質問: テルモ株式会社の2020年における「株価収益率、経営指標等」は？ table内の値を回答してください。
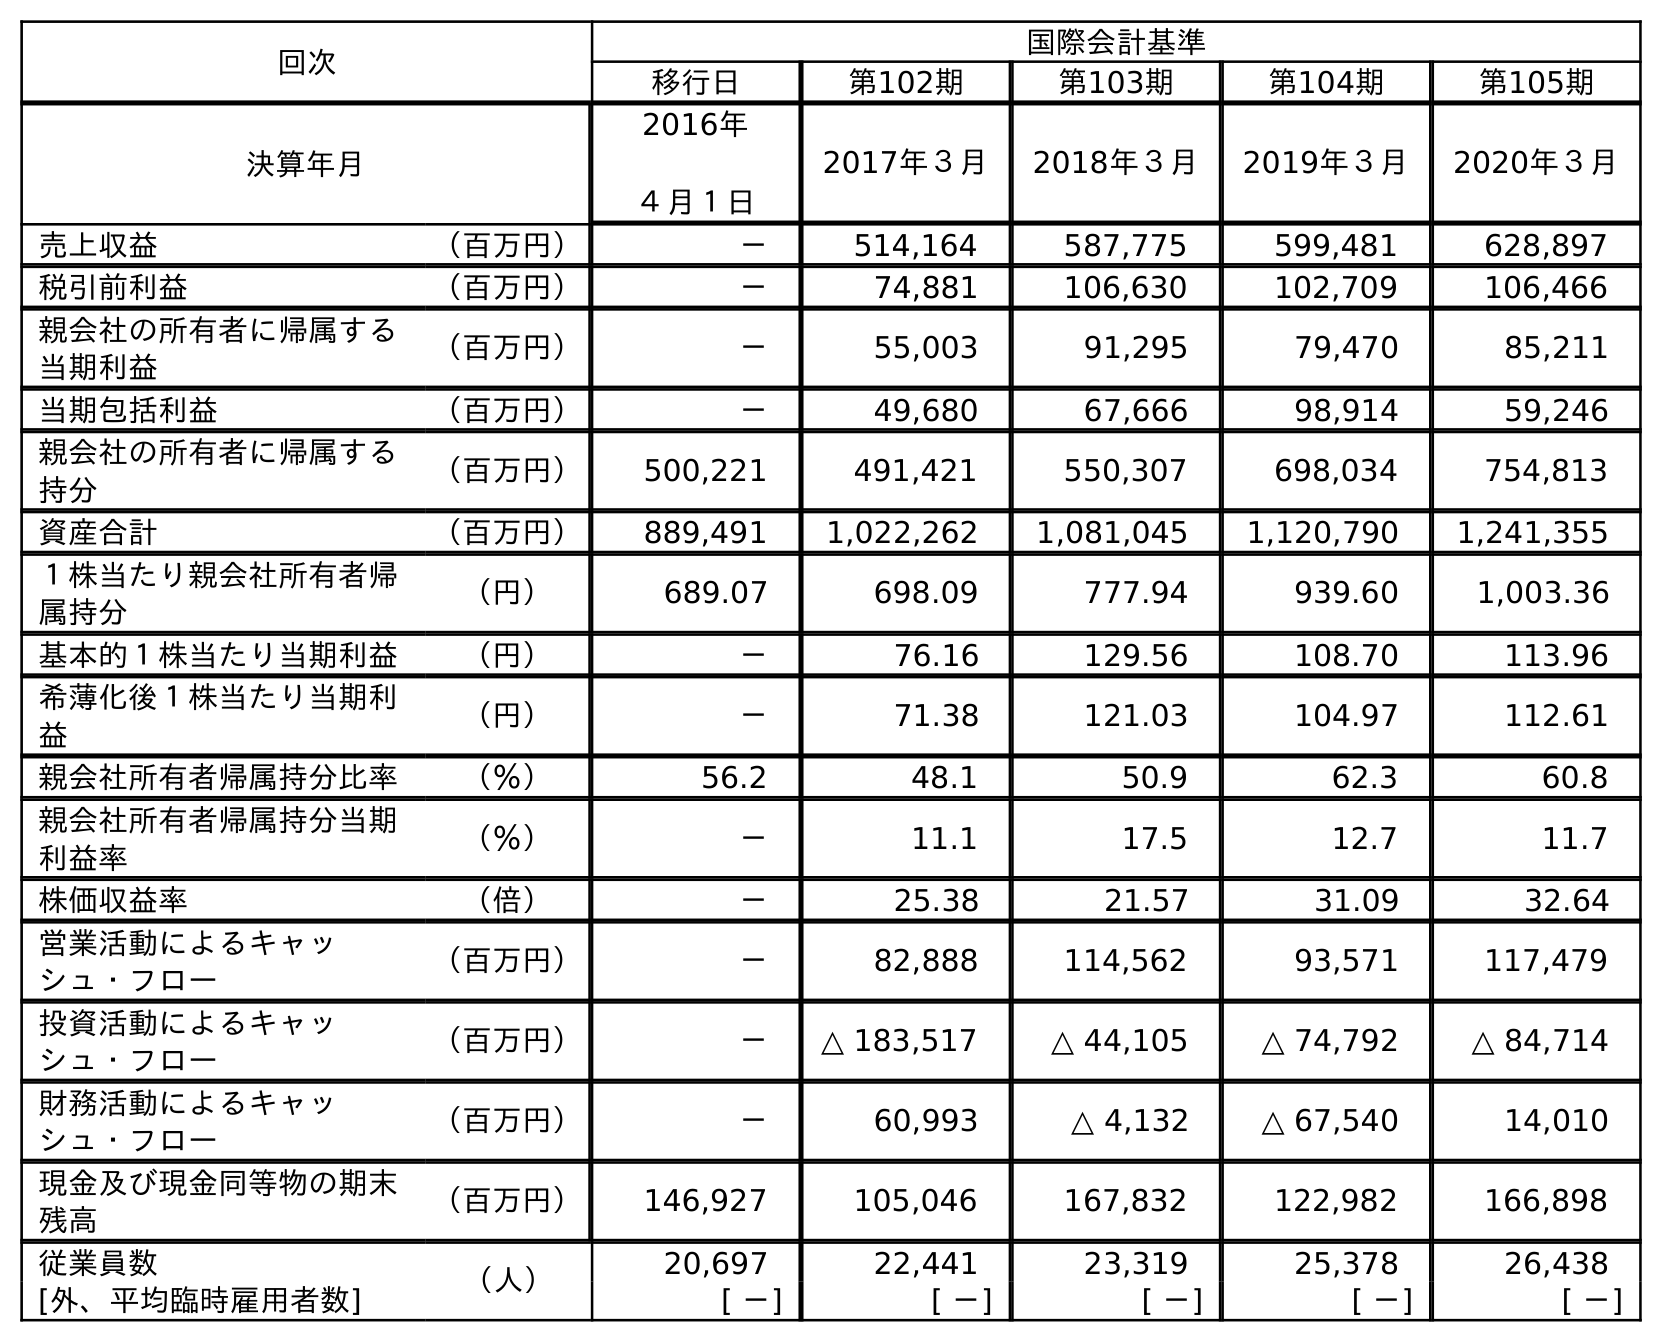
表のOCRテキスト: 回次 国際会計基準 移行日 第102期 第103期 第104期 第105期 決算年月 2016年 ４月１日 2017年３月 2018年３月 2019年３月 2020年３月 売上収益 （百万円） － 514,164 587,775 599,481 628,897 税引前利益 （百万円） － 74,881 106,630 102,709 106,466 親会社の所有者に帰属する 当期利益 （百万円） － 55,003 91,295 79,470 85,211 当期包括利益 （百万円） － 49,680 67,666 98,914 59,246 親会社の所有者に帰属する 持分 （百万円） 500,221 491,421 550,307 698,034 754,813 資産合計 （百万円） 889,491 1,022,262 1,081,045 1,120,790 1,241,355 １株当たり親会社所有者帰 属持分 （円） 689.07 698.09 777.94 939.60 1,003.36 基本的１株当たり当期利益 （円） － 76.16 129.56 108.70 113.96 希薄化後１株当たり当期利 益 （円） － 71.38 121.03 104.97 112.61 親会社所有者帰属持分比率 （％） 56.2 48.1 50.9 62.3 60.8 親会社所有者帰属持分当期 利益率 （％） － 11.1 17.5 12.7 11.7 株価収益率 （倍） － 25.38 21.57 31.09 32.64 営業活動によるキャッ シュ・フロー （百万円） － 82,888 114,562 93,571 117,479 投資活動によるキャッ シュ・フロー （百万円） － △ 183,517 △ 44,105 △ 74,792 △ 84,714 財務活動によるキャッ シュ・フロー （百万円） － 60,993 △ 4,132 △ 67,540 14,010 現金及び現金同等物の期末 残高 （百万円） 146,927 105,046 167,832 122,982 166,898 従業員数 （人） 20,697 22,441 23,319 25,378 26,438 [外、平均臨時雇用者数] [ －] [ －] [ －] [ －] [ －]
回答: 32.64